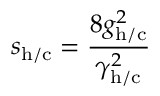
s _ { \mathrm { h / c } } = \frac { 8 g _ { \mathrm { h / c } } ^ { 2 } } { \gamma _ { \mathrm { h / c } } ^ { 2 } }